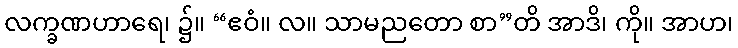
လက္ခဏဟာရေ၊ ၌။ “ဧဝံ။ လ။ သာမညတော စာ”တိ အာဒိ၊ ကို။ အာဟ၊